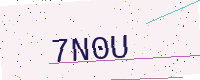
Text: 7N0U